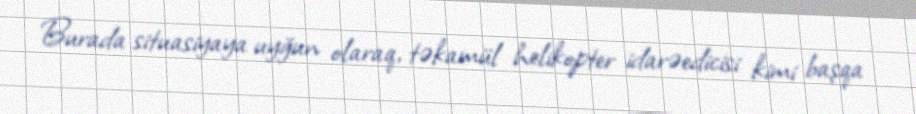
Burada situasiyaya uyğun olaraq, təkamül helikopter idarəedicisi kimi başqa